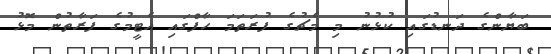
ބަޔާންގެ ދަނޑުގައި ކުޅުނު މި މެޗުގެ ފުރަތަމަ ހާފްގައި އެޓީމުގެ ފަރާތުން މޮޅު